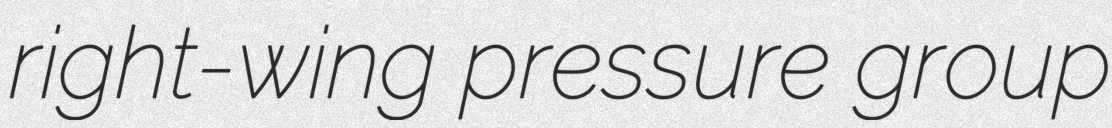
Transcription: right-wing pressure group